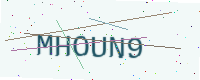
Text: MHOUN9